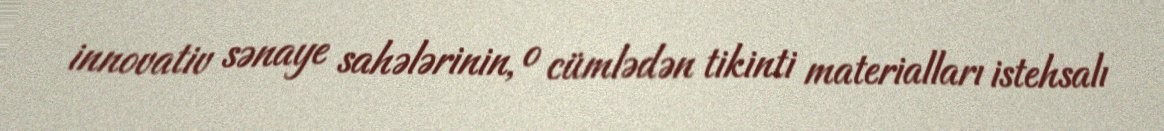
innovativ sənaye sahələrinin, o cümlədən tikinti materialları istehsalı